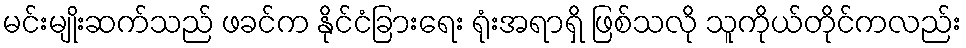
မင်းမျိုးဆက်သည် ဖခင်က နိုင်ငံခြားရေး ရုံးအရာရှိ ဖြစ်သလို သူကိုယ်တိုင်ကလည်း